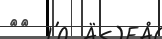
١٨